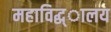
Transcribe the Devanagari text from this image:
महाविद्ध्ालय